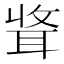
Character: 𫆃